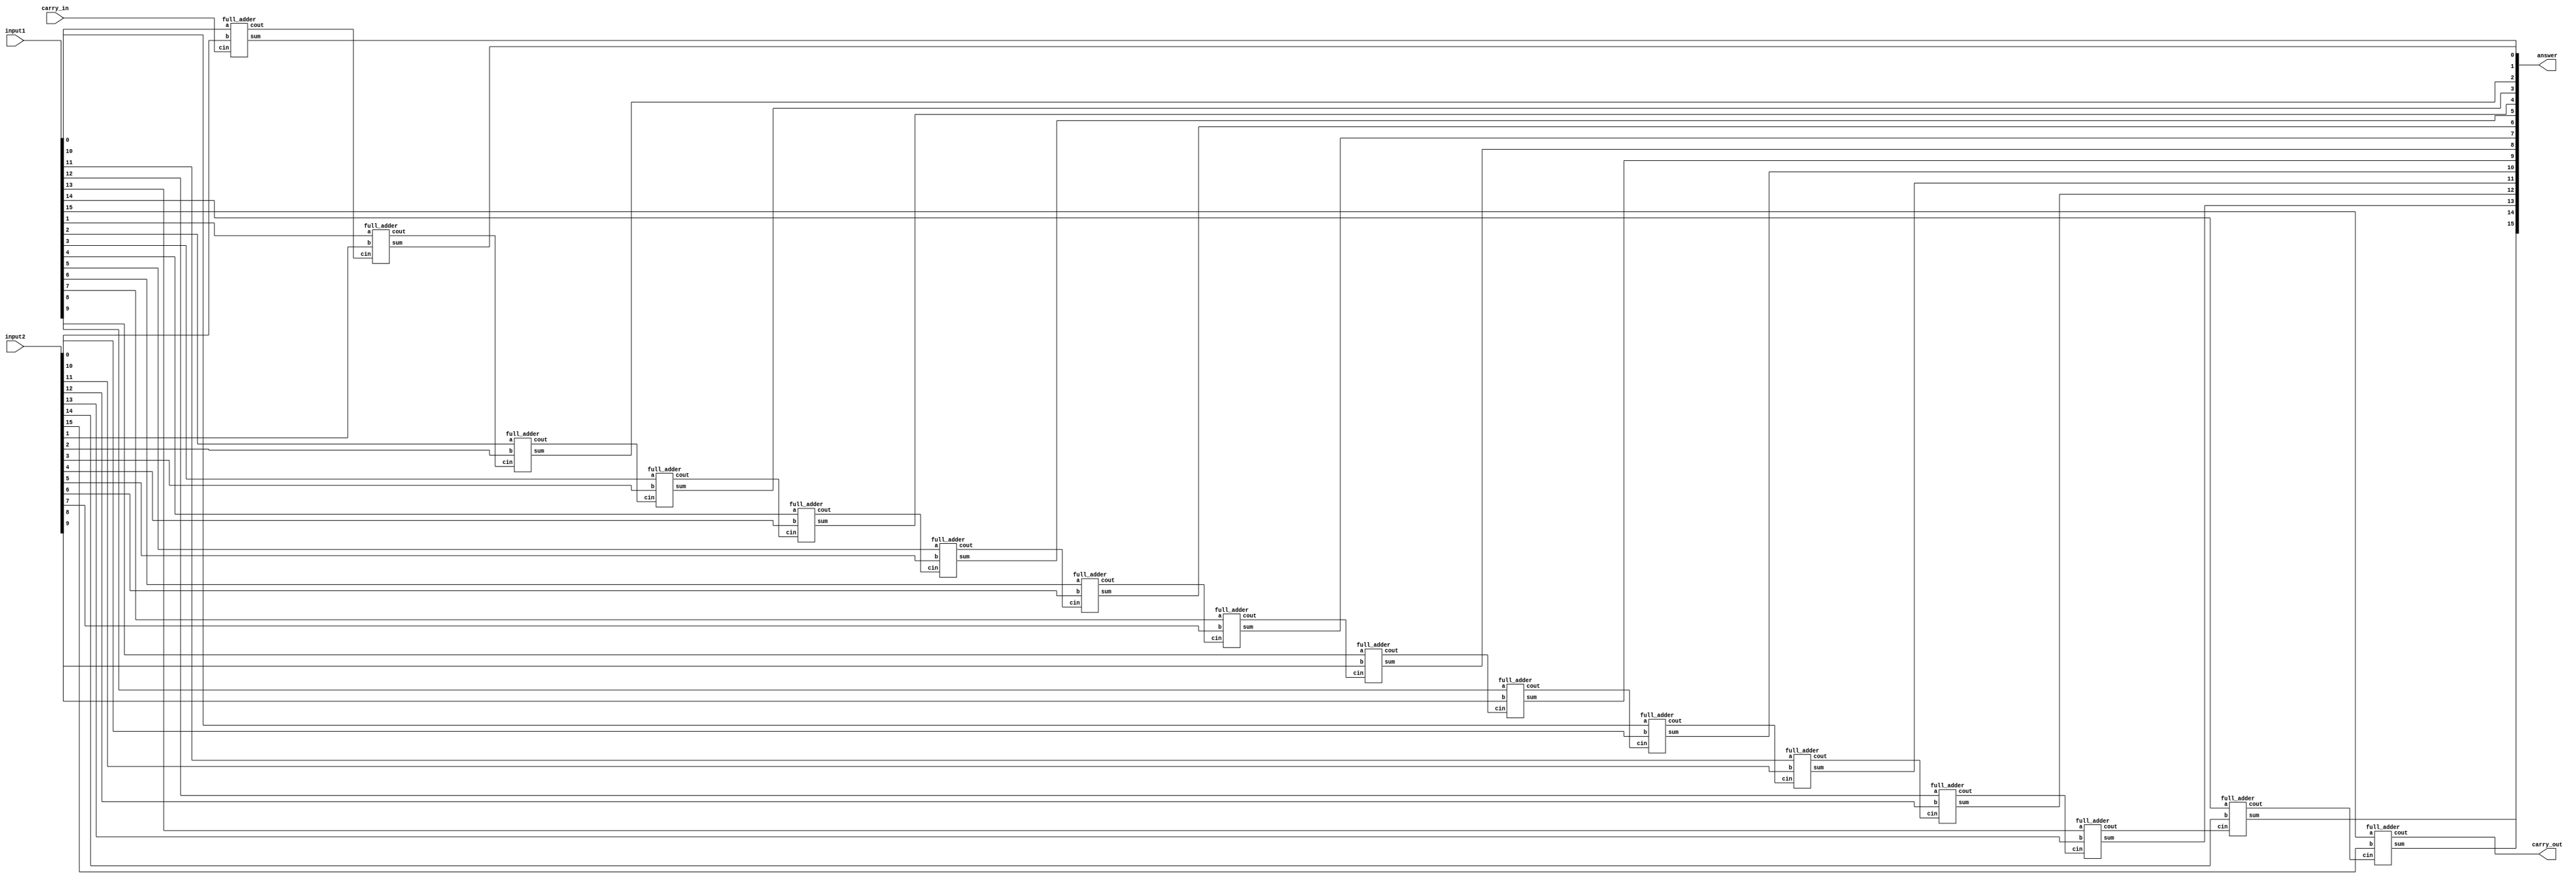
// fpga4student.com: FPGA projects, Verilog projects, VHDL projects
// Verilog project: Verilog code for N-bit Adder 
// Top Level Verilog code for N-bit Adder using Structural Modeling
// `include "fullAdderS.v"
module N_bit_adder(input1,input2,answer,carry_out,carry_in);
parameter N=16;
input [N-1:0] input1,input2;
   output [N-1:0] answer;
   output  carry_out;
   input carry_in;
  wire [N-1:0] carry;
   genvar i;
   generate 
   for(i=0;i<N;i=i+1)
     begin: generate_N_bit_Adder
   if(i==0)
   full_adder f(input1[i],input2[i],carry_in, answer[i],carry[i]);
   else
  full_adder f(input1[i],input2[i],carry[i-1],answer[i],carry[i]);
     end
  assign carry_out = carry[N-1];
   endgenerate
endmodule 

// fpga4student.com: FPGA projects, Verilog projects, VHDL projects
// Verilog project: Verilog code for N-bit Adder 
// Verilog code for half adder 
module half_adder(x,y,s,c);
   input x,y;
   output s,c;
   assign s=x^y;
   assign c=x&y;
endmodule // half adder

// fpga4student.com: FPGA projects, Verilog projects, VHDL projects
// Verilog project: Verilog code for N-bit Adder 
// Verilog code for full adder 
module full_adder(input a, b, cin, output sum, cout);
   wire t1, t2,t3,t4;
   xor X1(t1, a, b);
   xor X2(sum, t1, cin);
   and A1(t3, a, b);
   and A2(t4, t1, cin);
   or O1(cout, t3, t4);
endmodule // full_adder